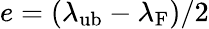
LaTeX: e=(\lambda_{\mathrm{ub}}-\lambda_{\mathrm{F}})/2